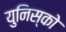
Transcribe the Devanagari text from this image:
युनिस्को